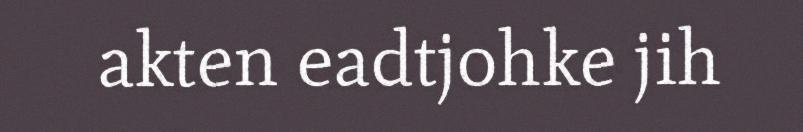
akten eadtjohke jih